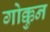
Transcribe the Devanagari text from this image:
गोक्कुन